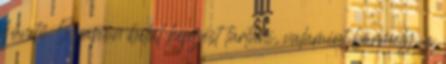
követő 5 napon belül képzést tartani, valamint bármely, a